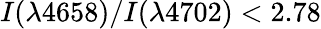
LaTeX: I(\lambda 4658)/I(\lambda 4702)<2.78